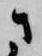
さ